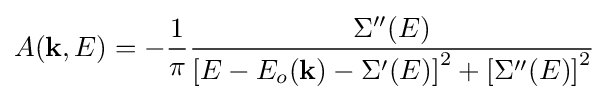
A(\mathbf {k} ,E)=-{\frac {1}{\pi }}{\frac {\Sigma ''(E)}{\left[E-E_{o}(\mathbf {k} )-\Sigma '(E)\right]^{2}+\left[\Sigma ''(E)\right]^{2}}}